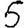
Digit: 5